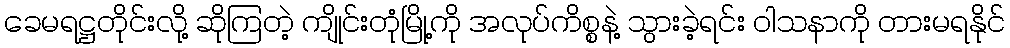
ခေမရဋ္ဌတိုင်းလို့ ဆိုကြတဲ့ ကျိုင်းတုံမြို့ကို အလုပ်ကိစ္စနဲ့ သွားခဲ့ရင်း ဝါသနာကို တားမရနိုင်